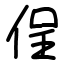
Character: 侱